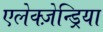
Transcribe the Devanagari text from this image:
एलेक्ज़ेन्ड्रिया